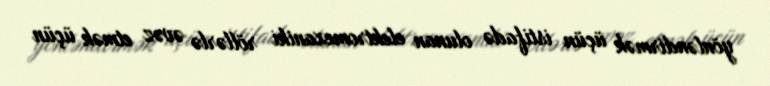
yönləndirmək üçün istifadə olunan elektromexaniki röllərlə əvəz etmək üçün